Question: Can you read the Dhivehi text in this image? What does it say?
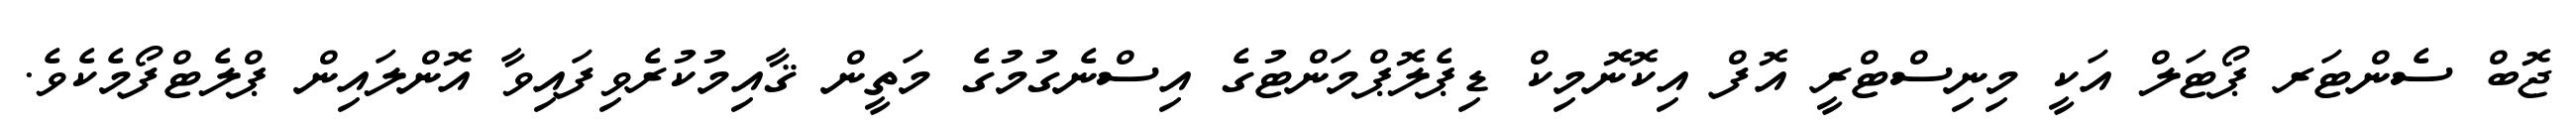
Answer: ޖޮބް ސެންޓަރ ޕޯޓަލް އަކީ މިނިސްޓްރީ އޮފް އިކޮނޮމިކް ޑިޕެލޮޕްމަންޓުގެ އިސްނެގުމުގެ މަތީން ޤާއިމުކުރެވިފައިވާ އޮންލައިން ޕްލެޓްފޯމެކެވެ.